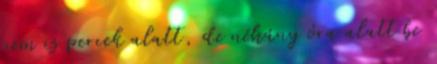
nem is percek alatt, de néhány óra alatt be